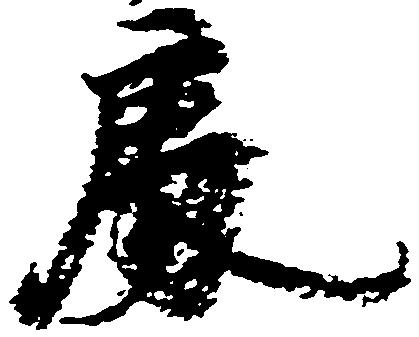
処